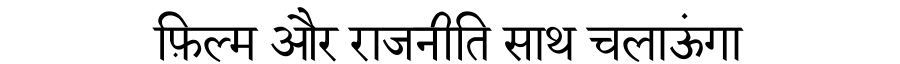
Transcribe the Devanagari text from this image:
फ़िल्म और राजनीति साथ चलाऊंगा